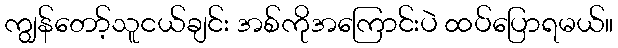
ကျွန်တော့်သူငယ်ချင်း အစ်ကိုအကြောင်းပဲ ထပ်ပြောရမယ်။